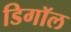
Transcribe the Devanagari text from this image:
डिगॉल